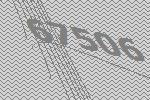
67506